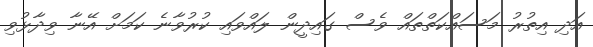
އަދި އިތުރު މަސައްކަތްތައް ވެސް ގައިދީން ލައްވައި ކުރުވާނެ ކަމަށް އޭނާ ވިދާޅުވި